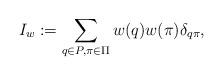
LaTeX: \begin{align*}I_w := \sum_{q\in P, \pi\in \Pi} w(q)w(\pi) \delta_{q\pi},\end{align*}